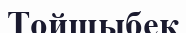
Тойшыбек